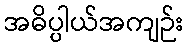
အဓိပ္ပါယ်အကျဉ်း